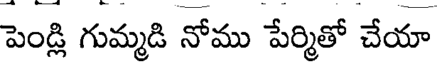
పెండ్లి గుమ్మడి నోము పేర్మితో చేయా